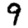
Digit: 9